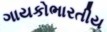
ગાયકોભારતીય